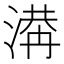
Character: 𣺙